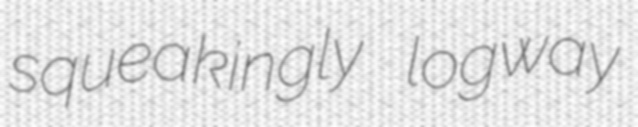
squeakingly logway